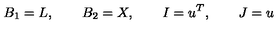
B _ { 1 } = L , \qquad B _ { 2 } = X , \qquad I = u \sp { T } , \qquad J = u